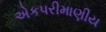
એકપરીમાણીય